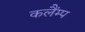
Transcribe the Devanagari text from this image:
कलैंम्प